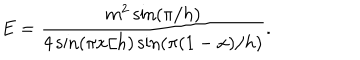
LaTeX: E = \frac { m ^ { 2 } \sin ( \pi / h ) } { 4 \sin ( \pi x / h ) \sin ( \pi ( 1 - x ) / h ) } .